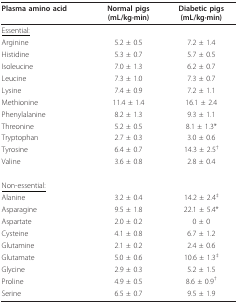
<table><thead><tr><td><b>Plasma amino acid</b></td><td><b>Normal pigs(mL/kg·min)</b></td><td><b>Diabetic pigs(mL/kg·min)</b></td></tr></thead><tbody><tr><td><underline>Essential:</underline></td><td></td><td></td></tr><tr><td>Arginine</td><td>5.2 ± 0.5</td><td>7.2 ± 1.4</td></tr><tr><td>Histidine</td><td>5.3 ± 0.7</td><td>5.7 ± 0.5</td></tr><tr><td>Isoleucine</td><td>7.0 ± 1.3</td><td>6.2 ± 0.7</td></tr><tr><td>Leucine</td><td>7.3 ± 1.0</td><td>7.3 ± 0.7</td></tr><tr><td>Lysine</td><td>7.4 ± 0.9</td><td>7.2 ± 1.1</td></tr><tr><td>Methionine</td><td>11.4 ± 1.4</td><td>16.1 ± 2.4</td></tr><tr><td>Phenylalanine</td><td>8.2 ± 1.3</td><td>9.3 ± 1.1</td></tr><tr><td>Threonine</td><td>5.2 ± 0.5</td><td>8.1 ± 1.3*</td></tr><tr><td>Tryptophan</td><td>2.7 ± 0.3</td><td>3.0 ± 0.6</td></tr><tr><td>Tyrosine</td><td>6.4 ± 0.7</td><td>14.3 ± 2.5<sup>†</sup></td></tr><tr><td>Valine</td><td>3.6 ± 0.8</td><td>2.8 ± 0.4</td></tr><tr><td><underline>Non-essential:</underline></td><td></td><td></td></tr><tr><td>Alanine</td><td>3.2 ± 0.4</td><td>14.2 ± 2.4<sup>‡</sup></td></tr><tr><td>Asparagine</td><td>9.5 ± 1.8</td><td>22.1 ± 5.4*</td></tr><tr><td>Aspartate</td><td>2.0 ± 0.2</td><td>0 ± 0</td></tr><tr><td>Cysteine</td><td>4.1 ± 0.8</td><td>6.7 ± 1.2</td></tr><tr><td>Glutamine</td><td>2.1 ± 0.2</td><td>2.4 ± 0.6</td></tr><tr><td>Glutamate</td><td>5.0 ± 0.6</td><td>10.6 ± 1.3<sup>‡</sup></td></tr><tr><td>Glycine</td><td>2.9 ± 0.3</td><td>5.2 ± 1.5</td></tr><tr><td>Proline</td><td>4.9 ± 0.5</td><td>8.6 ± 0.9<sup>†</sup></td></tr><tr><td>Serine</td><td>6.5 ± 0.7</td><td>9.5 ± 1.9</td></tr></tbody></table>